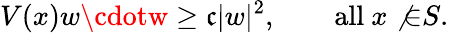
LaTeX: V(x)w\cdotw\geq\mathfrak{c}|w|^{2},\qquad\mathrm{{all}}\ x\not{\in}S.